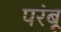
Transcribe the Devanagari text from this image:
परंबू